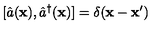
[ \hat { a } ( { \bf x } ) , \hat { a } ^ { \dagger } ( { \bf x } ) ] = \delta ( { \bf x } - { \bf x } ^ { \prime } )